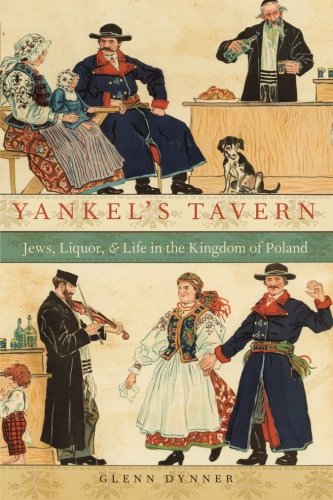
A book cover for Yankel's Tavern: Jews, Liquor, and Life in the Kingdom of Poland; Glenn Dynner; Travel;